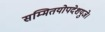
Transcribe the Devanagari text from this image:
सम्मितयोपदेशयुजे।